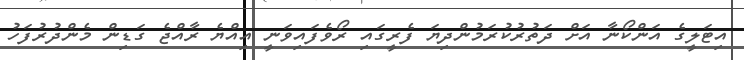
އިޓަލީގެ އަންކޯނާ އަށް ދަތުރުކުރަމުންދިޔަ ފެރީގައި ރޯވެފައިވަނީ އިއްޔެ ރާއްޖެ ގަޑިން މެންދުރުފަހު